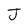
Character: J